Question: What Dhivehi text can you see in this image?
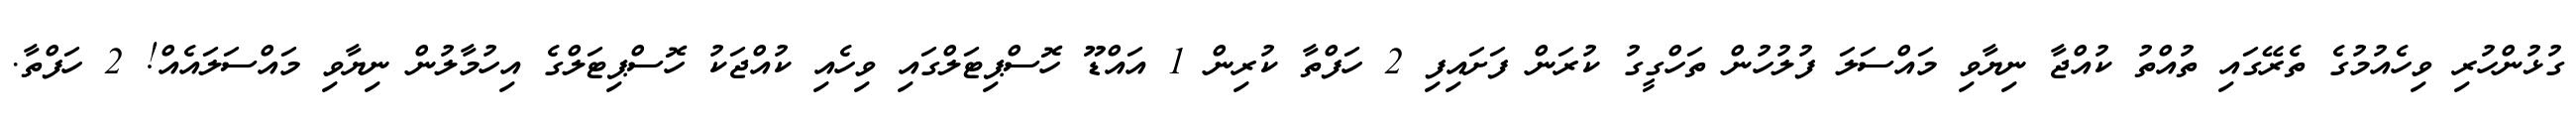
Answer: ގުޅުންހުރި ވިހެއުމުގެ ތެރޭގައި ތުއްތު ކުއްޖާ ނިޔާވި މައްސަލަ ފުލުހުން ތަހްގީގު ކުރަން ފަށައިފި 2 ހަފްތާ ކުރިން 1 އައްޑޫ ހޮސްޕިޓަލްގައި ވިހެއި ކުއްޖަކު ހޮސްޕިޓަލްގެ އިހުމާލުން ނިޔާވި މައްސަލައެއް! 2 ހަފްތާ.